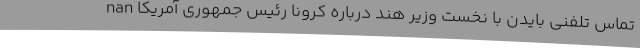
nan تماس تلفنی بایدن با نخست وزیر هند درباره کرونا رئیس جمهوری آمریکا